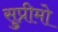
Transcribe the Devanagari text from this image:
सु्प्रीमो